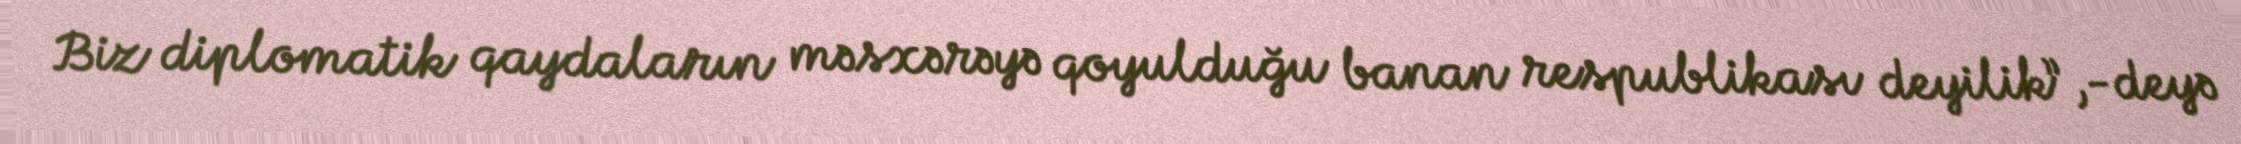
Biz diplomatik qaydaların məsxərəyə qoyulduğu banan respublikası deyilik”,-deyə